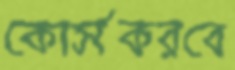
কোর্সকরবে